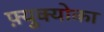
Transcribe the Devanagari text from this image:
फ़्युक्योका